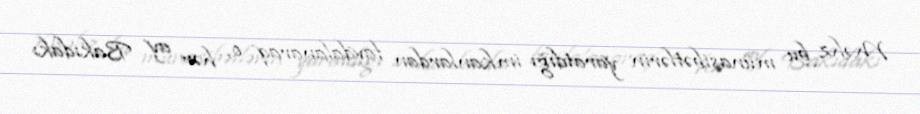
Məhz bu münasibətlərin yaratdığı imkanlardan faydalanaraq o, hər ay Bakıdakı